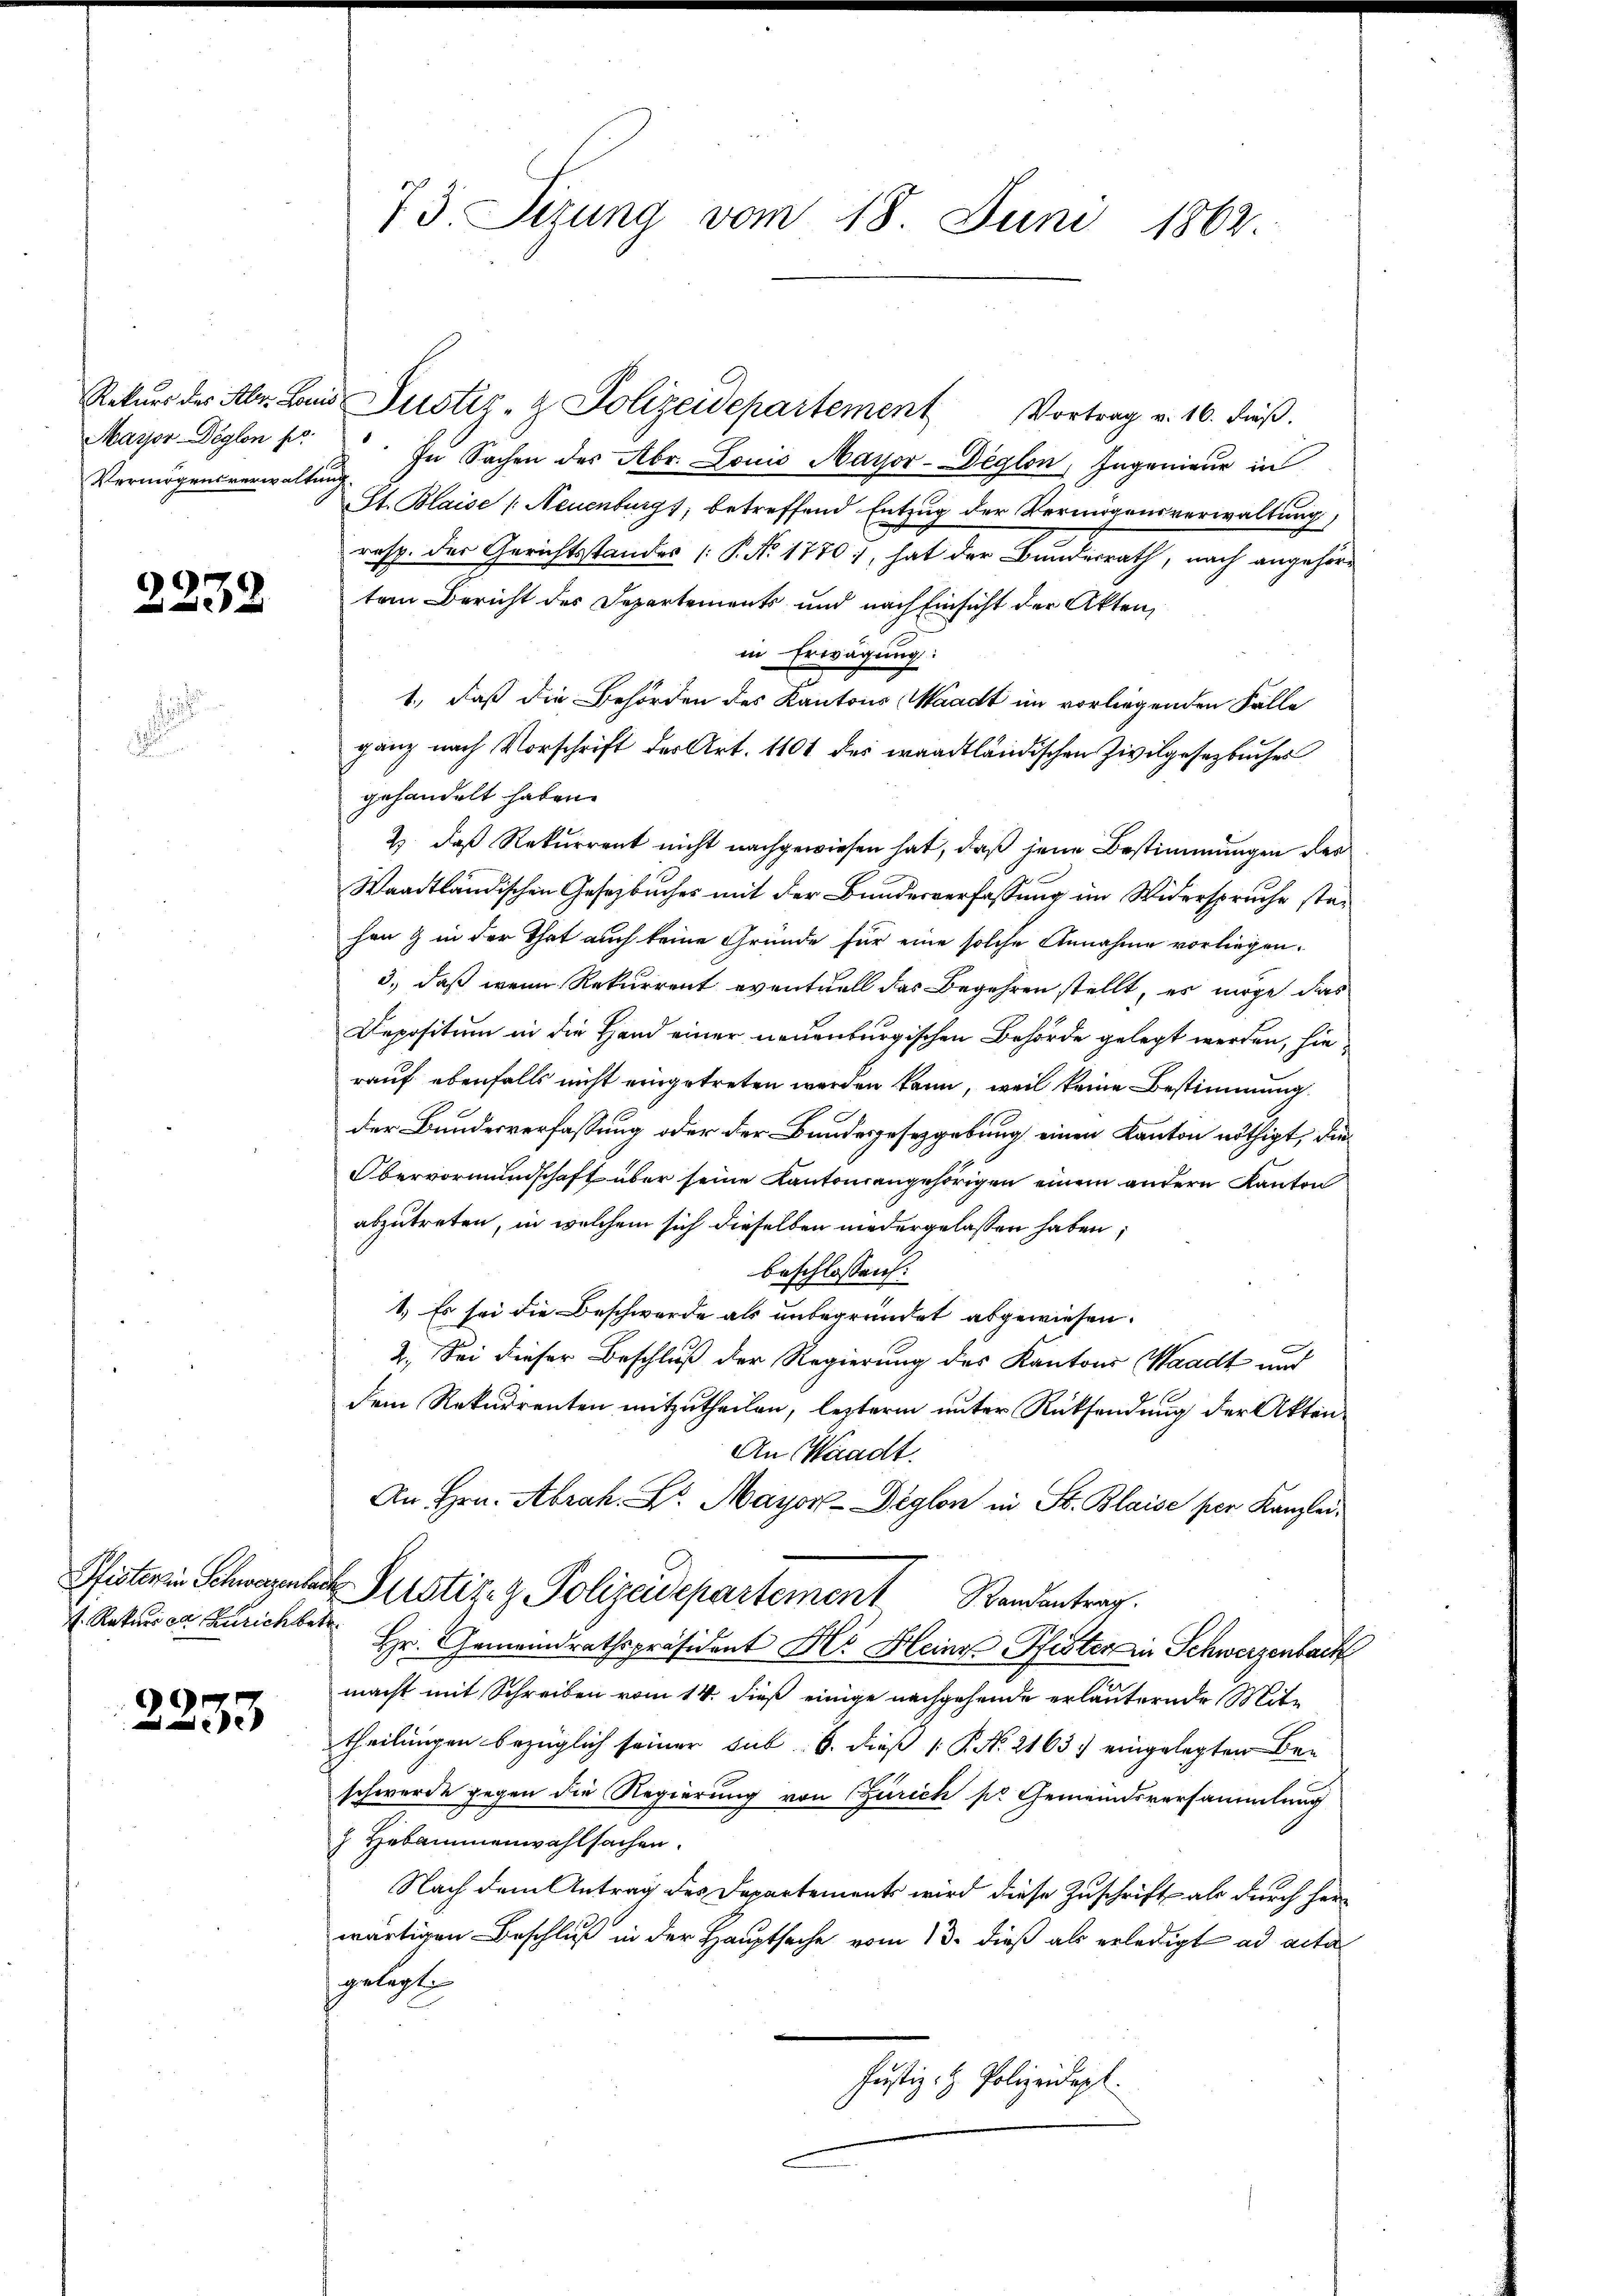
Mayor-Deglon pr.
Vermögensverwaltung

2232

f. Rekurs es Zürich betr

2233

Rekŭrs des Al. La Justiz- & Polizeidepartement Vortrag v. 16. dβ.
In Sachen des Abr. Louis Mayor-Deglon, Ingenieur in
St. Blaise (Neuenburgs, betreffend Entzug der Vermögensverwaltung,
resp. der Gerichtsstandes P. No 1770, hat der Bundesrath, nach angehörtem Bericht des Departements und nach Einsicht der Akten,
in Erwägung:
1., daß die Behörden des Kantons Waadt im vorliegenden Fälle
ganz nach Vorschrift der Art. 1101 des waadtländischen Zivilgesetzbuches
gehandelt haben.
2. daß Rekurrent nicht nachgewiesen hat, daß jene Bestimmungen des
Waadtländischen Gesetzbuches mit der Bundesverfassung im Widerspruche stehan & in der That auch keine Gründe für eine solche Annahme vorliegen.
3., daß wenn Rekurrent eventuell das Begehren stellt, es möge das
Depositum in die Hand einer neuenburgischen Behörde gelegt werden, hierauf ebenfalls nicht eingetreten werden kann, weil keine Bestimmung
der Bundesverfassung oder der Bundesgesetzgebung einen Kanton nöthigt, die
Obervormundschaft über seine Kantonsangehörigen einem andern Kanton
abzutreten, in welchem sich dieselben niedergelassen haben;
beschlossen:
1.) Es sei die Beschwerde als unbegründet abgewiesen.
2. Sei dieser Beschluß der Regierung des Kantons Waadt und
dem Rekurrenten mitzutheilen, lezterm unter Rücksendung der Akten¬
An Waadt.
An Hrn. Abrah. Dr. Mayor-Deglon in St. Blaise per Kanzlei¬
Pfisterin Schwazenlack Pustiz & Polizeidepartement andantrag.
Hr. Gemeindrathspräsident Hr. Heine Pfister in Schwerzenbach
macht mit Schreiben vom 14. dieß einige nachgehende erläuternde Mittheilungen bezüglich seiner sub 6. dieß P. Nr. 2163 eingelegten Beschwerde gegen die Regierung von Zürich pr Gemeindsversammlung
 Hebammenwahlsachen.
Nach dem Antrag des Departements wird diese Zuschrift als durch herwärtigen Beschluß in der Hauptsache vom 13. dieß als erledigt ad acta
gelegt
Justiz, H. Polizeidigt.

73 Sizung vom 18. Juni 1862.